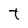
Character: t